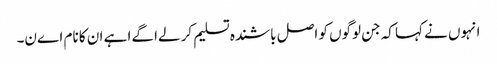
انہوں نے کہا کہ جن لوگوں کو اصل باشندہ تسلیم کر لےا گےا ہے ان کا نام اےن۔